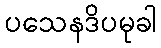
ပသေနဒိပမုခါ